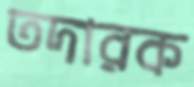
তদারক